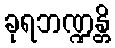
ခုရဘဏ္ဍန္တိ